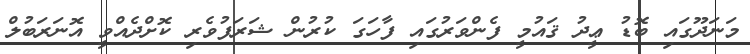
މަނަދޫގައި ބޮޑު ޢީދު ޤައުމީ ފެންވަރުގައި ފާހަގަ ކުރުން ޝަރަފުވެރި ކޮށްދެއްވީ އޮނަރަބުލް